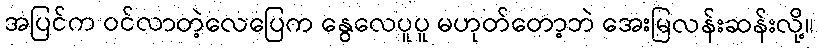
အပြင်က ဝင်လာတဲ့လေပြေက နွေလေပူပူ မဟုတ်တော့ဘဲ အေးမြလန်းဆန်းလို့။